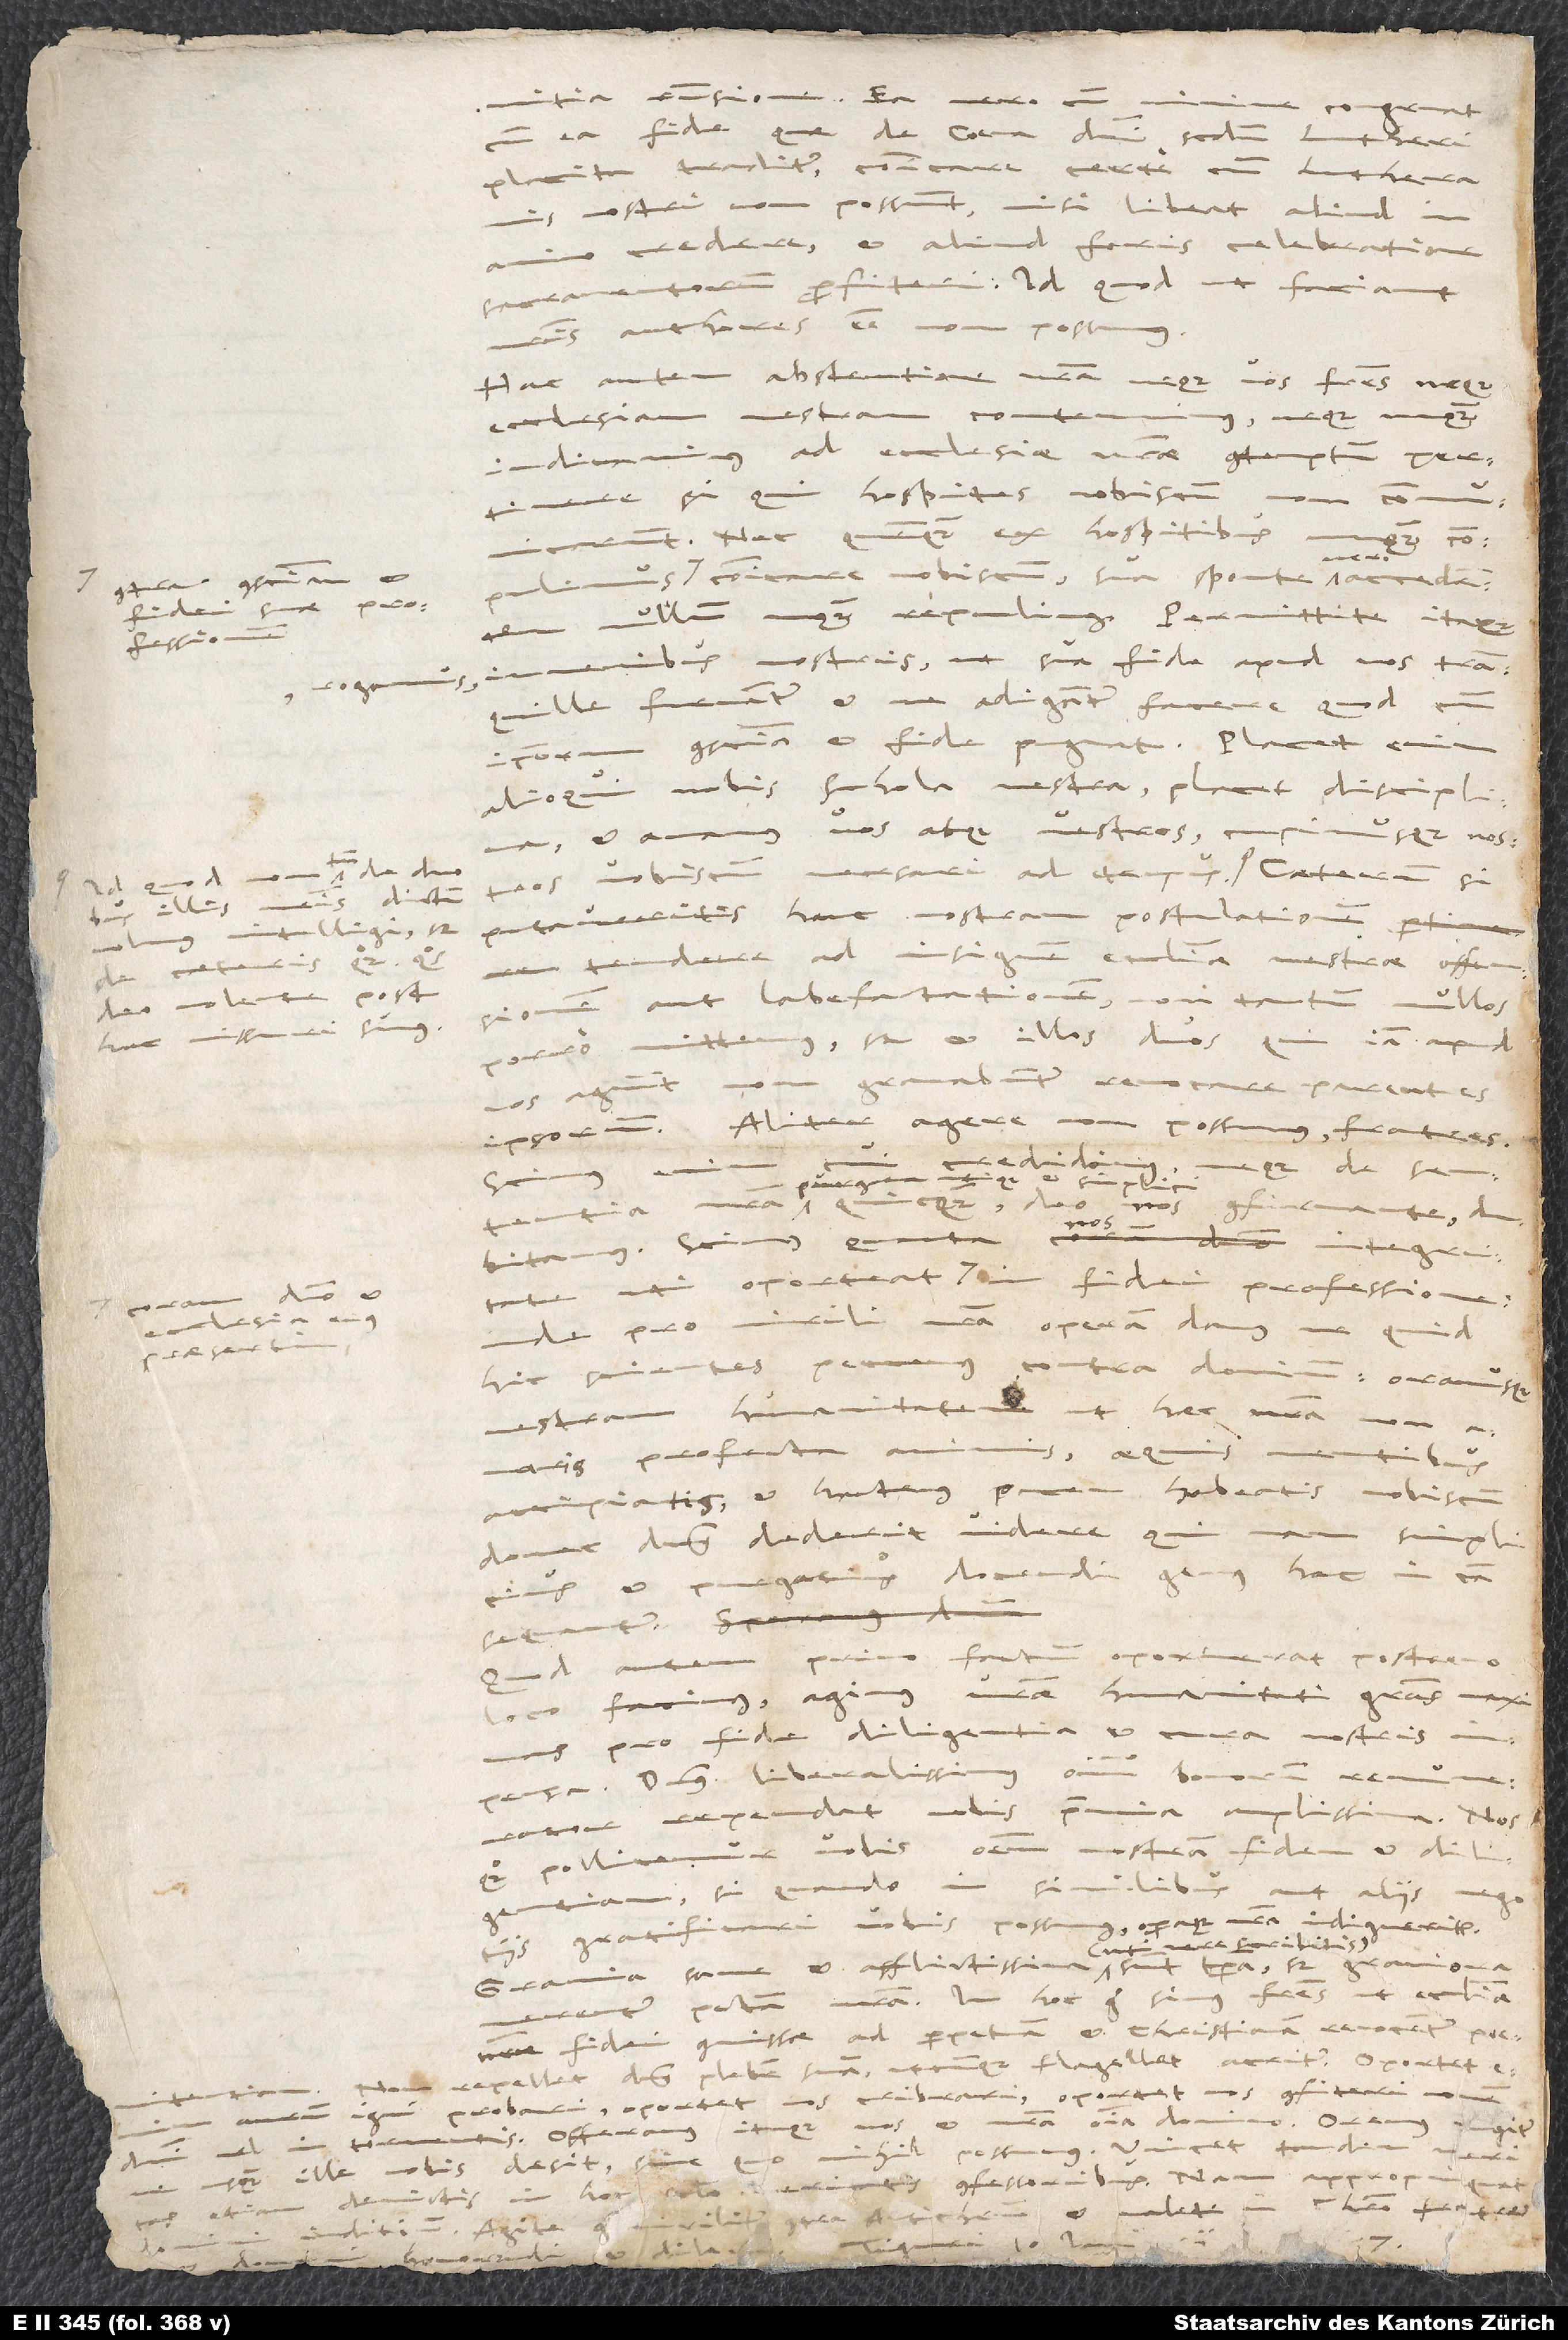
conresponsione. Ea vero cum minime congruat
cum ea fide, quae de coena domini secundum Lutheri
placita traditur, communicare certe cum Lutheranis
nostri non possunt, nisi libeat aliud in
credere et aliud foris celebratione
sacramentorum profiteri. Id quod ut faciant
authores esse non possumus.
Hac autem abstentione nostra neque vos, fratres, neque
ecclesiam vestram contemnimus, neque
iudicavimus ad ecclesiae nostrae contemptum pertinere,
Nec quenquam ex hospitibus unquam compulimus
communicare nobiscum, sua sponte vero accedentem
contra conscientiam
fidei suae professionem
iuvenibus nostris, ut sua fide apud vos tranquille
rogamus,
fruantur, et ne adigantur facere, quod cum
conscientia et fide pugnat. Placet enim
alioqui nobis schola vestra, placet disciplina,
et amamus vos atque vestros, cupimusque nostros
vobiscum versari ad tempus.
illis nostris dictum
putaveritis hanc nostram postulationem
intelligi, sed
tendere ad insignem ecclesiae vestrae offensionem
caeteris quoque, quos
aut labefactionem, non tantum nullos
deo volente posthac
missuri sumus.
porro mittemus, sed et illos duos, qui iam apud
gravabuntur revocare parentes
nos a
ipsorum. Aliter agere non possumus, fratres.
credidimus, neque de sententia
quicquam, deo nos confirmante
quanta
dubitamus.
S.
ecclesia eius,
unde pro virili nostra operam damus, ne quid
praesertim
hic scientes peccemus contra dominum. Oramus
vestram humanitatem ut haec nostra, non
animis, aequis mentibus
amaris profecta
habeatis nobiscum,
accipiatis, et hactenus
dominus dederit videre quinam
purgatius docendi genus hac in causa
sequantur.
factum oportuerat postremo
loco facimus. Agimus vestrae humanitati gratias maximas
pro fide, diligentia et cura nostris
impensa. Dominus liberalissimus omnium bonorum remunerator
rependat vobis praemia amplissima. Nos
quoque pollicemur vobis omnem nostram fidem et diligentiam,
si quando in similibus aut aliis negotiis
gratificari vobis possumus, operaque nostra indigueritis.
Gravia sane et afflictissima (uti vere scribitis) sunt tempora; sed graviora
merentur peccata nostra. In hoc ergo simus fratres ut ecclesiae
fidei commissae ad perpetuam et christianam revocentur poenitentiam.
repellet dominus plebem suam, utcunque flagellet acriter. Oportet
aurum igni probari, oportet nos cribrari, oportet nos confiteri nomen
vel in tormentis. Offeramus itaque nos et nostra omnia domino. Oremus iugiter
nihil possumus. Vincet tandem veritas,
usquam ille nobis desit sine quo
etiam devictis in hoc saeculo veritatis confessoribus. Nam appropinquat
viriliter contra Antichristum et valete in Christo, fratres